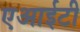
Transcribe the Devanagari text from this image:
एआईटी